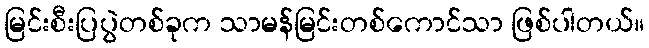
မြင်းစီးပြပွဲတစ်ခုက သာမန်မြင်းတစ်ကောင်သာ ဖြစ်ပါတယ်။